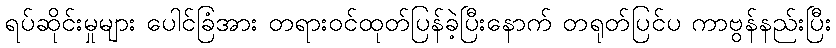
ရပ်ဆိုင်းမှုများ ပေါင်ခြံအား တရားဝင်ထုတ်ပြန်ခဲ့ပြီးနောက် တရုတ်ပြင်ပ ကာဗွန်နည်းပြီး